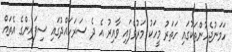
ހަމަނުޖެހުންތަކުގައި ހަތަރު މީހަކު މަރުވެފައި ވާއިރު އެ ދެ ސަރަހައްދުގައި ސިފައިންގެ އެތައް